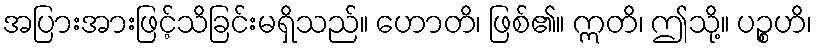
အပြားအားဖြင့်သိခြင်းမရှိသည်။ ဟောတိ၊ ဖြစ်၏။ ဣတိ၊ ဤသို့။ ပဉ္စဟိ၊